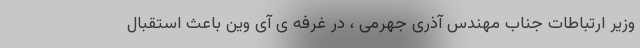
وزیر ارتباطات جناب مهندس آذری جهرمی ، در غرفه ی آی وین باعث استقبال